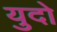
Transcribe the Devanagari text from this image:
युदो